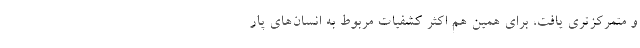
و متمرکزتری یافت، برای همین هم اکثر کشفیات مربوط به انسان‌های پار